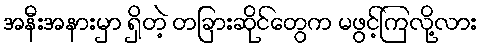
အနီးအနားမှာ ရှိတဲ့ တခြားဆိုင်တွေက မဖွင့်ကြလို့လား